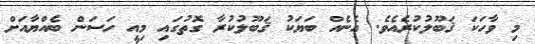
މި ވާހަކަ ޤަބޫލުކުރެއެވެ. އެނެއް ބަޔަކު ޤަބޫލުކުރާ ގޮތުގައި މިއީ ހަސަން ބެއްޔާއަށް